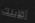
أقابلك